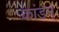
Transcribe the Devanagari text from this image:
कांडम्